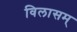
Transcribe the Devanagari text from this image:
विलासम्